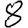
Digit: 8